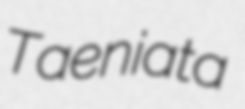
Taeniata